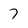
Character: 7